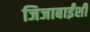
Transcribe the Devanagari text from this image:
जिजाबाईंशी